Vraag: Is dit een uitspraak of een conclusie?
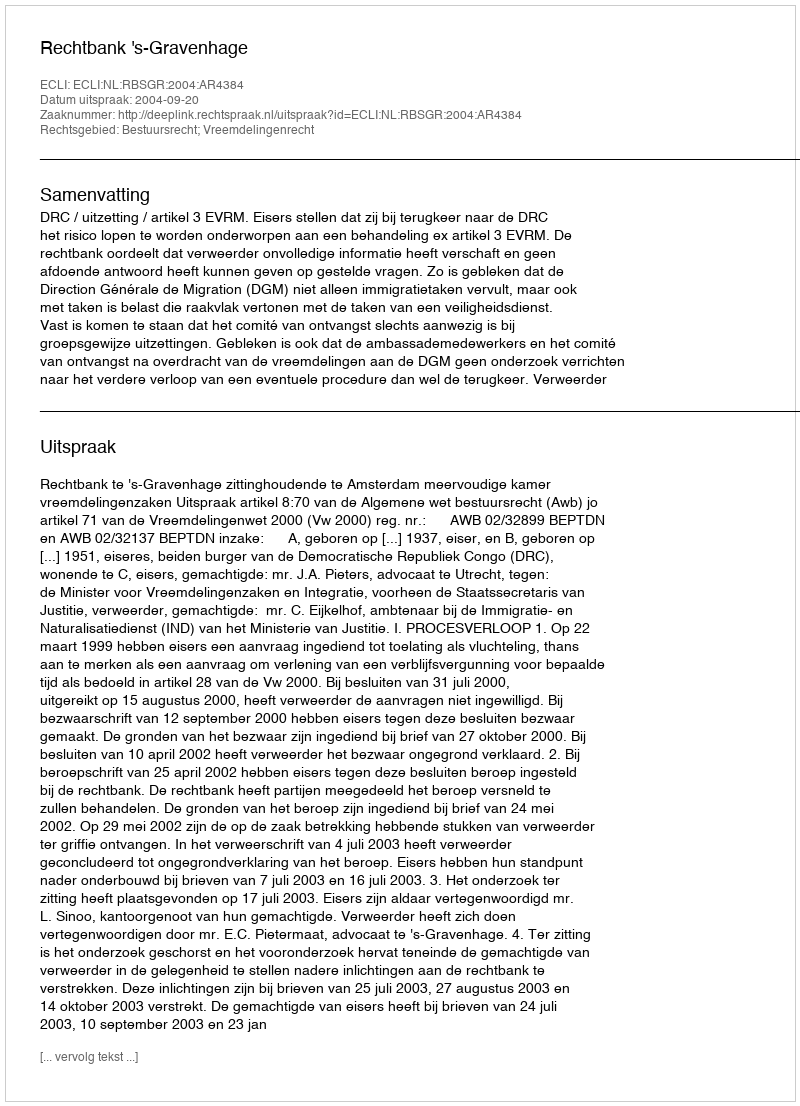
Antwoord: Uitspraak